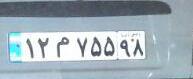
۱۲م۷۵۵۹۸